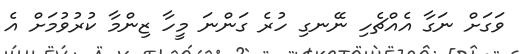
ވަގަށް ނަގާ އެއްޗެހި ނޭނގި ހުރެ ގަންނަ މީހާ ޒިންމާ ކުރުވުމަށް އެ